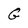
Character: G